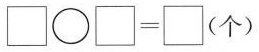
\Box \bigcirc \Box =\Box (个）